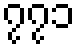
၇၇၁